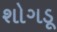
શોગડૂ